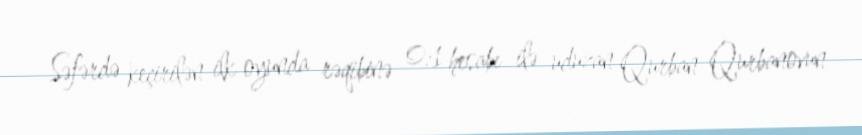
Səfərdə keçirilən ilk oyunda rəqibinə 0:1 hesabı ilə uduzan Qurban Qurbanovun